system: You are a helpful assistant.
user:
Analyze the provided spectrum to determine if it is a **"Cataclysmic Variables (CV)"**.

- **Key Indicators for CV (Check for either state):**
    - **State 1: Quiescent / Low-State (Emission-Dominated)**
        - **(Primary):** Strong and *very broad* Hydrogen Balmer emission lines (e.g., $H\alpha$ at 6563 Å, $H\beta$ at 4861 Å). The 'broadness' (high velocity dispersion, often FWHM > 1000 km/s) is the key diagnostic, indicating a high-velocity accretion disk.
        - **(Secondary):** Broad neutral Helium (He I) emission lines (e.g., 5876 Å, 6678 Å).
        - **(Key Confirmation):** Presence of high-excitation *ionized* Helium (He II) emission at 4686 Å. This is a strong indicator of accretion onto a white dwarf.
        - **(Line Profile):** Emission lines may exhibit a 'double-peaked' profile, which is a classic signature of a rotating accretion disk viewed at high inclination.

    - **State 2: Outburst / High-State (Absorption-Dominated)**
        - **(Primary):** Spectrum is dominated by a bright, blue continuum (looks like a hot star).
        - **(Secondary):** The emission lines from State 1 are weak, absent, or 'filled in', and are replaced by broad, shallow *absorption* lines (primarily Balmer and He I).
        - **(Morphology):** The overall spectrum mimics a hot B/A-type star. The crucial difference is that the absorption lines are significantly broader, shallower, and more 'washed-out' (or 'smeared') than the sharp lines of a normal stellar photosphere, due to high rotational speeds and pressure broadening in the disk.

Think first, call **spectral_visualization_tool** if needed to examine features in detail, then provide your final answer. Your response must adhere to the following strict rules:
1.  **Overall Structure:** Your response must follow the format `<think>...</think> <tool_call>...</tool_call> (if a tool is used) <answer>...</answer>`.
2.  **Tool Usage Constraint:** You may only make **one** tool call per turn.
3.  **Final Answer Format:** In the `<answer>` tag, your conclusion must be inside a `\boxed{}` command (e.g., `\boxed{YES}`), followed by your justification.

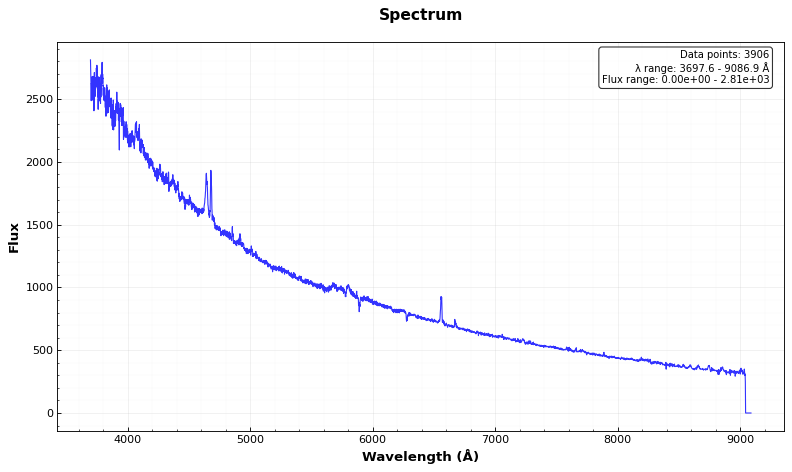
Answer: YES